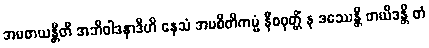
အပစာယန္တီတိ အဘိဝါဒနာဒီဟိ နေသံ အပစိတိကမ္မံ နီစဝုတ္တိံ န ဒဿေန္တိ တယိဒန္တိ တံ